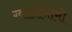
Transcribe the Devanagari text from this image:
ग्वातोनामो